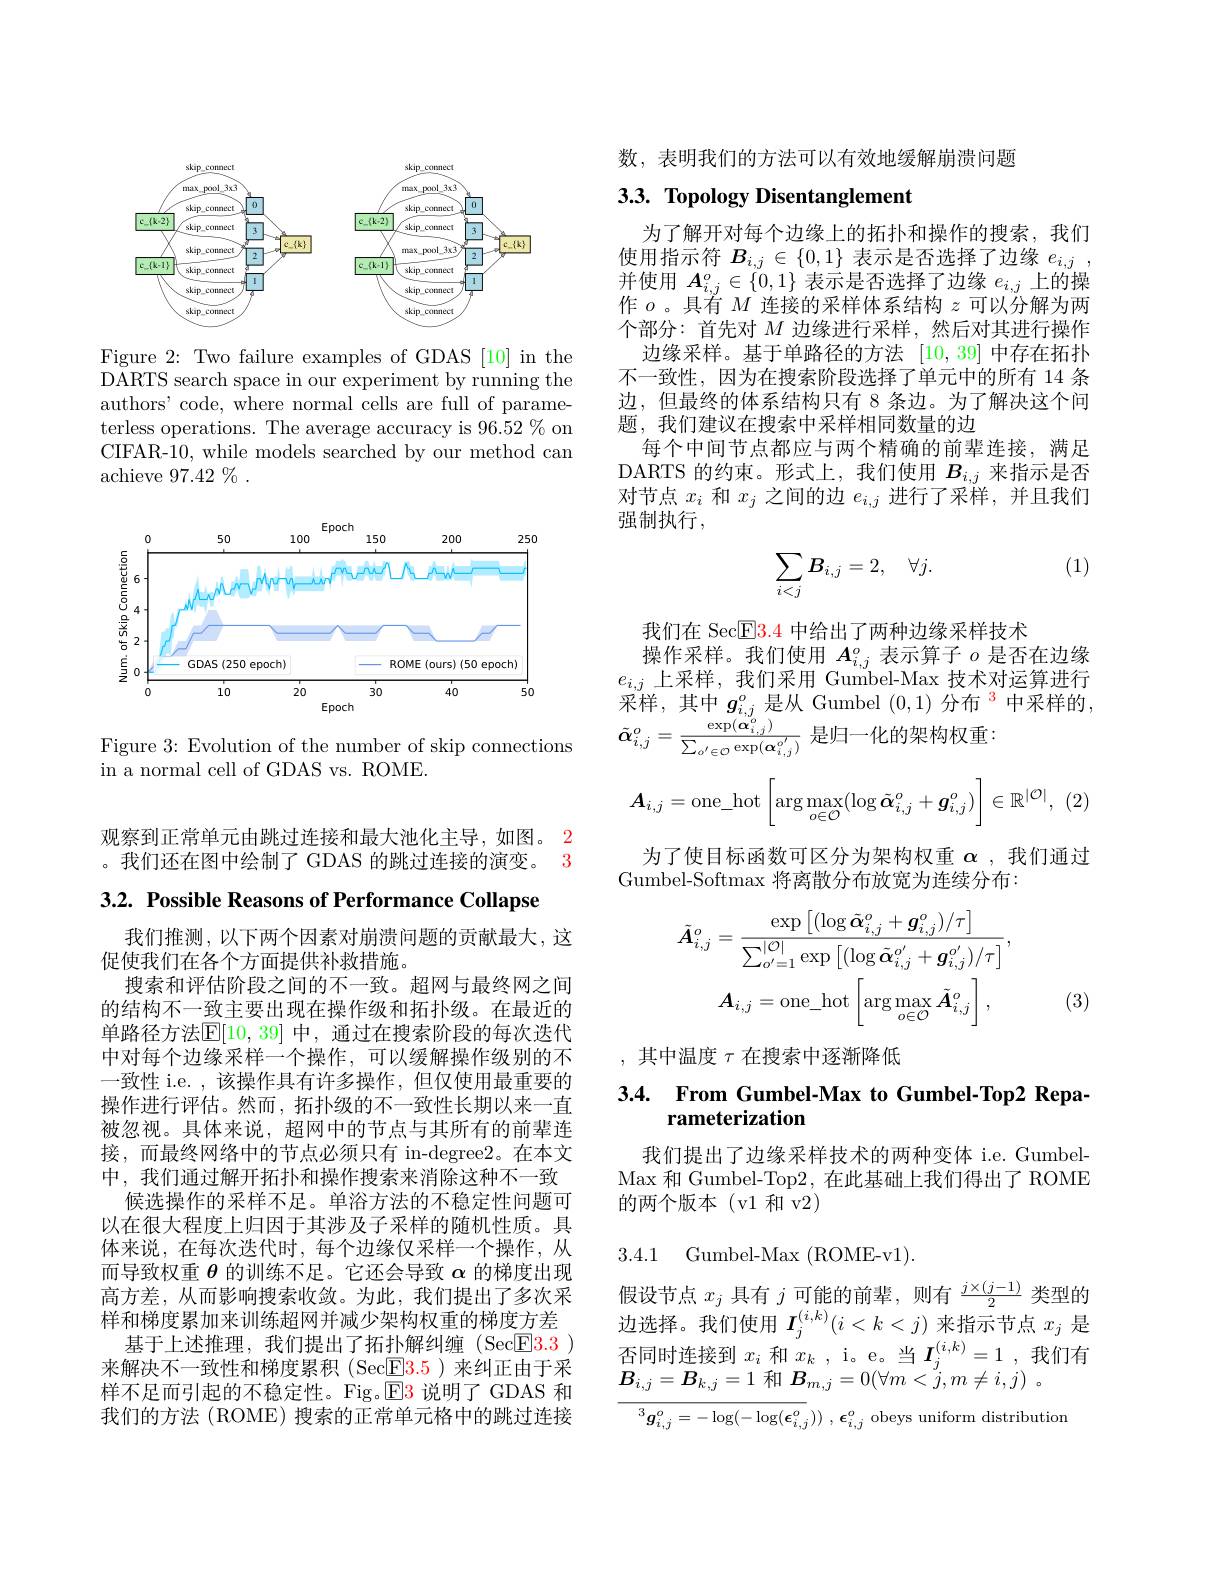
<FigureHere>

Figure 2: Two failure examples of GDAS [10] in the DARTS search space in our experiment by running the authors' code, where normal cells are full of parameterless operations. The average accuracy is 96.52 % on CIFAR-10, while models searched by our method can achieve $97.42\%.$

<FigureHere>

Figure 3: Evolution of the number of skip connections
in a normal cell of GDAS vs. ROME

数，表明我们的方法可以有效地缓解崩溃问题

# 3.3. Topology Disentanglement

为了解开对每个边缘上的拓扑和操作的搜索，我们使用指示符$B_i,j\in\{0,1\}$表示是否选择了边缘$e_{i,j}$, 并使用$A_i,j^o\in\{0,1\}$表示是否选择了边缘$e_i,j$上的操作$o$ 。具有$M$连接的采样体系结构$z$可以分解为两个部分：首先对$M$边缘进行采样，然后对其进行操作
边缘采样。基于单路径的方法[10,39]中存在拓扑不一致性，因为在搜索阶段选择了单元中的所有 14 条边，但最终的体系结构只有 8 条边。为了解决这个问题，我们建议在搜索中采样相同数量的边
每个中间节点都应与两个精确的前辈连接，满足DARTS 的约束。形式上，我们使用$B_{i,j}$来指示是否对节点$x_i$和$x_j$之间的边$e_i,j$进行了采样，并且我们强制执行，

(1)
$$\begin{aligned}\sum_{i<j}B_{i,j}=2,\quad\forall j.\end{aligned}$$
我们在 Sec$\mathbb{E}\color{red}{3.4}$中给出了两种边缘采样技术
操作采样。我们使用$A_{i,j}^o$表示算子$o$是否在边缘$e_{i,j}$上采样，我们采用 Gumbel-Max 技术对运算进行采样，其中$g_i,j^o$是从 Gumbel $(0,1)\text{ 分布 }^{3}$中采样的， $\tilde{\boldsymbol{\alpha}}_{i,j}^{o}=\frac{\exp(\tilde{\boldsymbol{\alpha}}_{i,j}^{o})}{\sum_{o^{\prime}\in\mathcal{O}}\exp(\boldsymbol{\alpha}_{i,j}^{o^{\prime}})}$是归一化的架构权重
$$\boldsymbol{A}_{i,j}=\text{one}_\text{hot}\left[\arg\max_{o\in\mathcal{O}}(\log\tilde{\boldsymbol{\alpha}}_{i,j}^o+\boldsymbol{g}_{i,j}^o)\right]\in\mathbb{R}^{|\mathcal{O}|},$$
为了使目标函数可区分为架构权重$\alpha$ ,我们通过
Gumbel-Softmax 将离散分布放宽为连续分布：
$$\tilde{A}_{i,j}^{o}=\frac{\exp\left[(\log\tilde{\alpha}_{i,j}^{o}+g_{i,j}^{o})/\tau\right]}{\sum_{o^{\prime}=1}^{|\mathcal{O}|}\exp\left[(\log\tilde{\alpha}_{i,j}^{o^{\prime}}+g_{i,j}^{o^{\prime}})/\tau\right]},\\A_{i,j}=\mathrm{one_hot}\left[\arg\max_{o\in\mathcal{O}}\tilde{A}_{i,j}^{o}\right],$$
(3)

,其中温度$\tau$在搜索中逐渐降低

### 3.4. From Gumbel-Max to Gumbel-Top2 Repa rameterization

我们提出了边缘采样技术的两种变体 i.e. GumbelMax 和 Gumbel-Top2,在此基础上我们得出了ROME 的两个版本(v1和 v2)

3.4.1 Gumbel-Max (ROME-v1).

假设节点$x_j$具有$j$可能的前辈，则有$\frac j\times(j-1)2$类型的边选择。我们使用$I_j^{(i,k)}(i<k<j)$来指示节点$x_j$是$\underset{\text{否同时连接到 }x_i\text{ 和 }x_k\mathrm{~,~i。e。当~}}{I_j^{(i,k)}=1\mathrm{~,我们有}}$ $\boldsymbol{B}_{i,j}=\boldsymbol{B}_{k,j}=1$和$\boldsymbol{B}_{m, j}= 0( \forall m< \overset {^{\prime }}{\operatorname* { j} }, m\neq i, j)$ 。

${^3g_{i,j}^{o}=-\log(-\log(\boldsymbol{\epsilon}_{i,j}^{o}))\:,\boldsymbol{\epsilon}_{i,j}^{o}\text{ obeys uniform distribution}}$

观察到正常单元由跳过连接和最大池化主导，如图。2
3
。我们还在图中绘制了 GDAS 的跳过连接的演变。

$3. 2. \textbf{ Possible Reasons of Performance Collapse}$

我们推测，以下两个因素对崩溃问题的贡献最大，这
促使我们在各个方面提供补救措施。
搜索和评估阶段之间的不一致。超网与最终网之间的结构不一致主要出现在操作级和拓扑级。在最近的单路径方法$\overline{\mathrm{E}}[10,39]$ 中，通过在搜索阶段的每次迭代中对每个边缘采样一个操作，可以缓解操作级别的不一致性 i.e. , 该操作具有许多操作，但仅使用最重要的操作进行评估。然而，拓扑级的不一致性长期以来一直被忽视。具体来说，超网中的节点与其所有的前辈连接，而最终网络中的节点必须只有 in-degree2。在本文中，我们通过解开拓扑和操作搜索来消除这种不一致
候选操作的采样不足。单浴方法的不稳定性问题可以在很大程度上归因于其涉及子采样的随机性质。具体来说，在每次迭代时，每个边缘仅采样一个操作，从而导致权重$\theta$的训练不足。它还会导致$\alpha$的梯度出现高方差，从而影响搜索收敛。为此，我们提出了多次采样和梯度累加来训练超网并减少架构权重的梯度方差
基于上述推理，我们提出了拓扑解纠缠(Sec$\boxed{\mathrm{F}}3.3)$ 来解决不一致性和梯度累积(Sec$\mathbb{E}3.5$)来纠正由于采样不足而引起的不稳定性。Fig。$\color{red}{\boxed{E3}}$说明了 GDAS 和我们的方法(ROME)搜索的正常单元格中的跳过连接